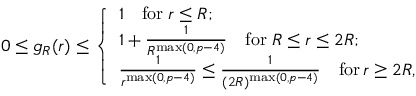
0 \leq g _ { R } ( r ) \leq \left\{ \begin{array} { l l } { 1 \quad \mathrm { f o r } \; r \leq R ; } \\ { 1 + \frac { 1 } { R ^ { \operatorname* { m a x } ( 0 , p - 4 ) } } \quad \mathrm { f o r } \; R \leq r \leq 2 R ; } \\ { \frac { 1 } { r ^ { \operatorname* { m a x } ( 0 , p - 4 ) } } \leq \frac { 1 } { ( 2 R ) ^ { \operatorname* { m a x } ( 0 , p - 4 ) } } \quad \mathrm { f o r } \, r \geq 2 R , } \end{array} \right.